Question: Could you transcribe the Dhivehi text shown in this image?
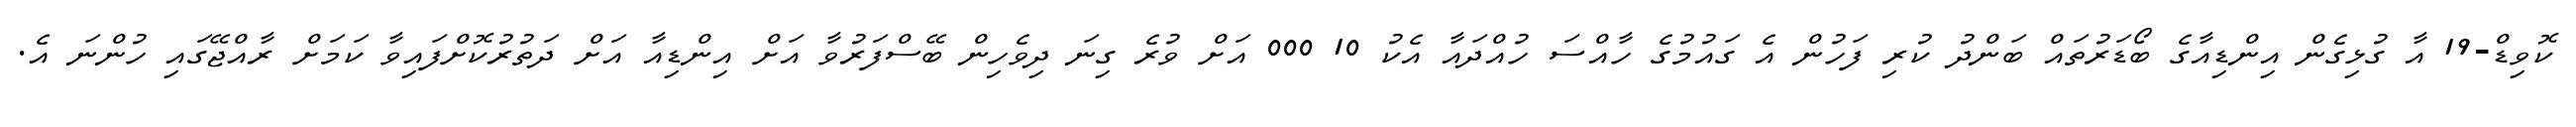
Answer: ކޮވިޑް-19 އާ ގުޅިގެން އިންޑިއާގެ ބޯޑަރުތައް ބަންދު ކުރި ފަހުން އެ ގައުމުގެ ހާއްސަ ހުއްދައާ އެކު 10 000 އަށް ވުރެ ގިނަ ދިވެހިން ބޭސްފަރުވާ އަށް އިންޑިއާ އަށް ދަތުރުކޮށްފައިވާ ކަމަށް ރާއްޖޭގައި ހުންނަ އެ.